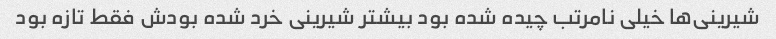
شیرینی‌ها خیلی نامرتب چیده شده بود بیشتر شیرینی خرد شده بودش فقط تازه بود